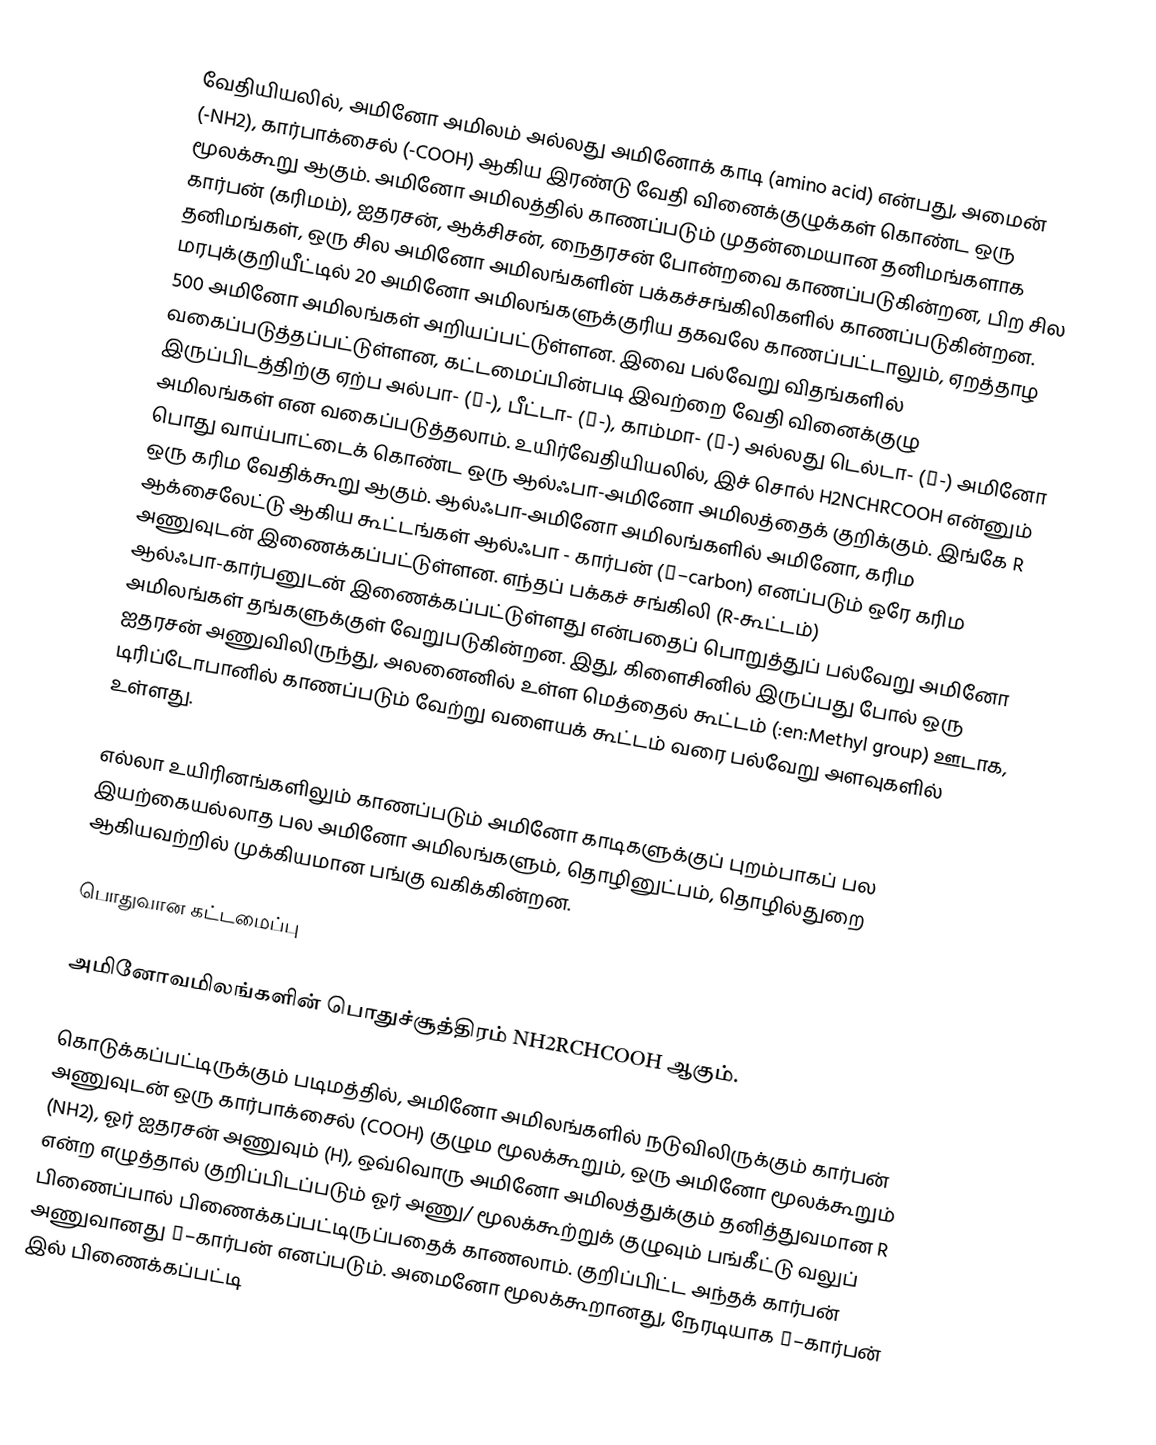
வேதியியலில், அமினோ அமிலம் அல்லது அமினோக் காடி (amino acid) என்பது, அமைன் (-NH2), கார்பாக்சைல் (-COOH) ஆகிய இரண்டு வேதி வினைக்குழுக்கள் கொண்ட ஒரு மூலக்கூறு ஆகும். அமினோ அமிலத்தில் காணப்படும் முதன்மையான தனிமங்களாக கார்பன் (கரிமம்), ஐதரசன், ஆக்சிசன், நைதரசன் போன்றவை காணப்படுகின்றன, பிற சில தனிமங்கள், ஒரு சில அமினோ அமிலங்களின் பக்கச்சங்கிலிகளில் காணப்படுகின்றன. மரபுக்குறியீட்டில் 20 அமினோ அமிலங்களுக்குரிய தகவலே காணப்பட்டாலும், ஏறத்தாழ 500 அமினோ அமிலங்கள் அறியப்பட்டுள்ளன. இவை பல்வேறு விதங்களில் வகைப்படுத்தப்பட்டுள்ளன, கட்டமைப்பின்படி இவற்றை வேதி வினைக்குழு இருப்பிடத்திற்கு ஏற்ப அல்பா- (α-), பீட்டா- (β-), காம்மா- (γ-) அல்லது டெல்டா- (δ-) அமினோ அமிலங்கள் என வகைப்படுத்தலாம். உயிர்வேதியியலில், இச் சொல் H2NCHRCOOH என்னும் பொது வாய்பாட்டைக் கொண்ட ஒரு ஆல்ஃபா-அமினோ அமிலத்தைக் குறிக்கும். இங்கே R ஒரு கரிம வேதிக்கூறு ஆகும். ஆல்ஃபா-அமினோ அமிலங்களில் அமினோ, கரிம ஆக்சைலேட்டு ஆகிய கூட்டங்கள் ஆல்ஃபா - கார்பன் (α–carbon) எனப்படும் ஒரே கரிம அணுவுடன் இணைக்கப்பட்டுள்ளன. எந்தப் பக்கச் சங்கிலி (R-கூட்டம்) ஆல்ஃபா-கார்பனுடன் இணைக்கப்பட்டுள்ளது என்பதைப் பொறுத்துப் பல்வேறு அமினோ அமிலங்கள் தங்களுக்குள் வேறுபடுகின்றன. இது, கிளைசினில் இருப்பது போல் ஒரு ஐதரசன் அணுவிலிருந்து, அலனைனில் உள்ள மெத்தைல் கூட்டம் (:en:Methyl group) ஊடாக, டிரிப்டோபானில் காணப்படும் வேற்று வளையக் கூட்டம் வரை பல்வேறு அளவுகளில் உள்ளது.

எல்லா உயிரினங்களிலும் காணப்படும் அமினோ காடிகளுக்குப் புறம்பாகப் பல இயற்கையல்லாத பல அமினோ அமிலங்களும், தொழினுட்பம், தொழில்துறை ஆகியவற்றில் முக்கியமான பங்கு வகிக்கின்றன.

பொதுவான கட்டமைப்பு

அமினோவமிலங்களின் பொதுச்சூத்திரம் NH2RCHCOOH ஆகும்.

கொடுக்கப்பட்டிருக்கும் படிமத்தில், அமினோ அமிலங்களில் நடுவிலிருக்கும் கார்பன் அணுவுடன் ஒரு கார்பாக்சைல் (COOH) குழும மூலக்கூறும், ஒரு அமினோ மூலக்கூறும் (NH2), ஓர் ஐதரசன் அணுவும் (H), ஒவ்வொரு அமினோ அமிலத்துக்கும் தனித்துவமான R என்ற எழுத்தால் குறிப்பிடப்படும் ஓர் அணு/ மூலக்கூற்றுக் குழுவும் பங்கீட்டு வலுப் பிணைப்பால் பிணைக்கப்பட்டிருப்பதைக் காணலாம். குறிப்பிட்ட அந்தக் கார்பன் அணுவானது α–கார்பன் எனப்படும். அமைனோ மூலக்கூறானது, நேரடியாக α–கார்பன் இல் பிணைக்கப்பட்டி